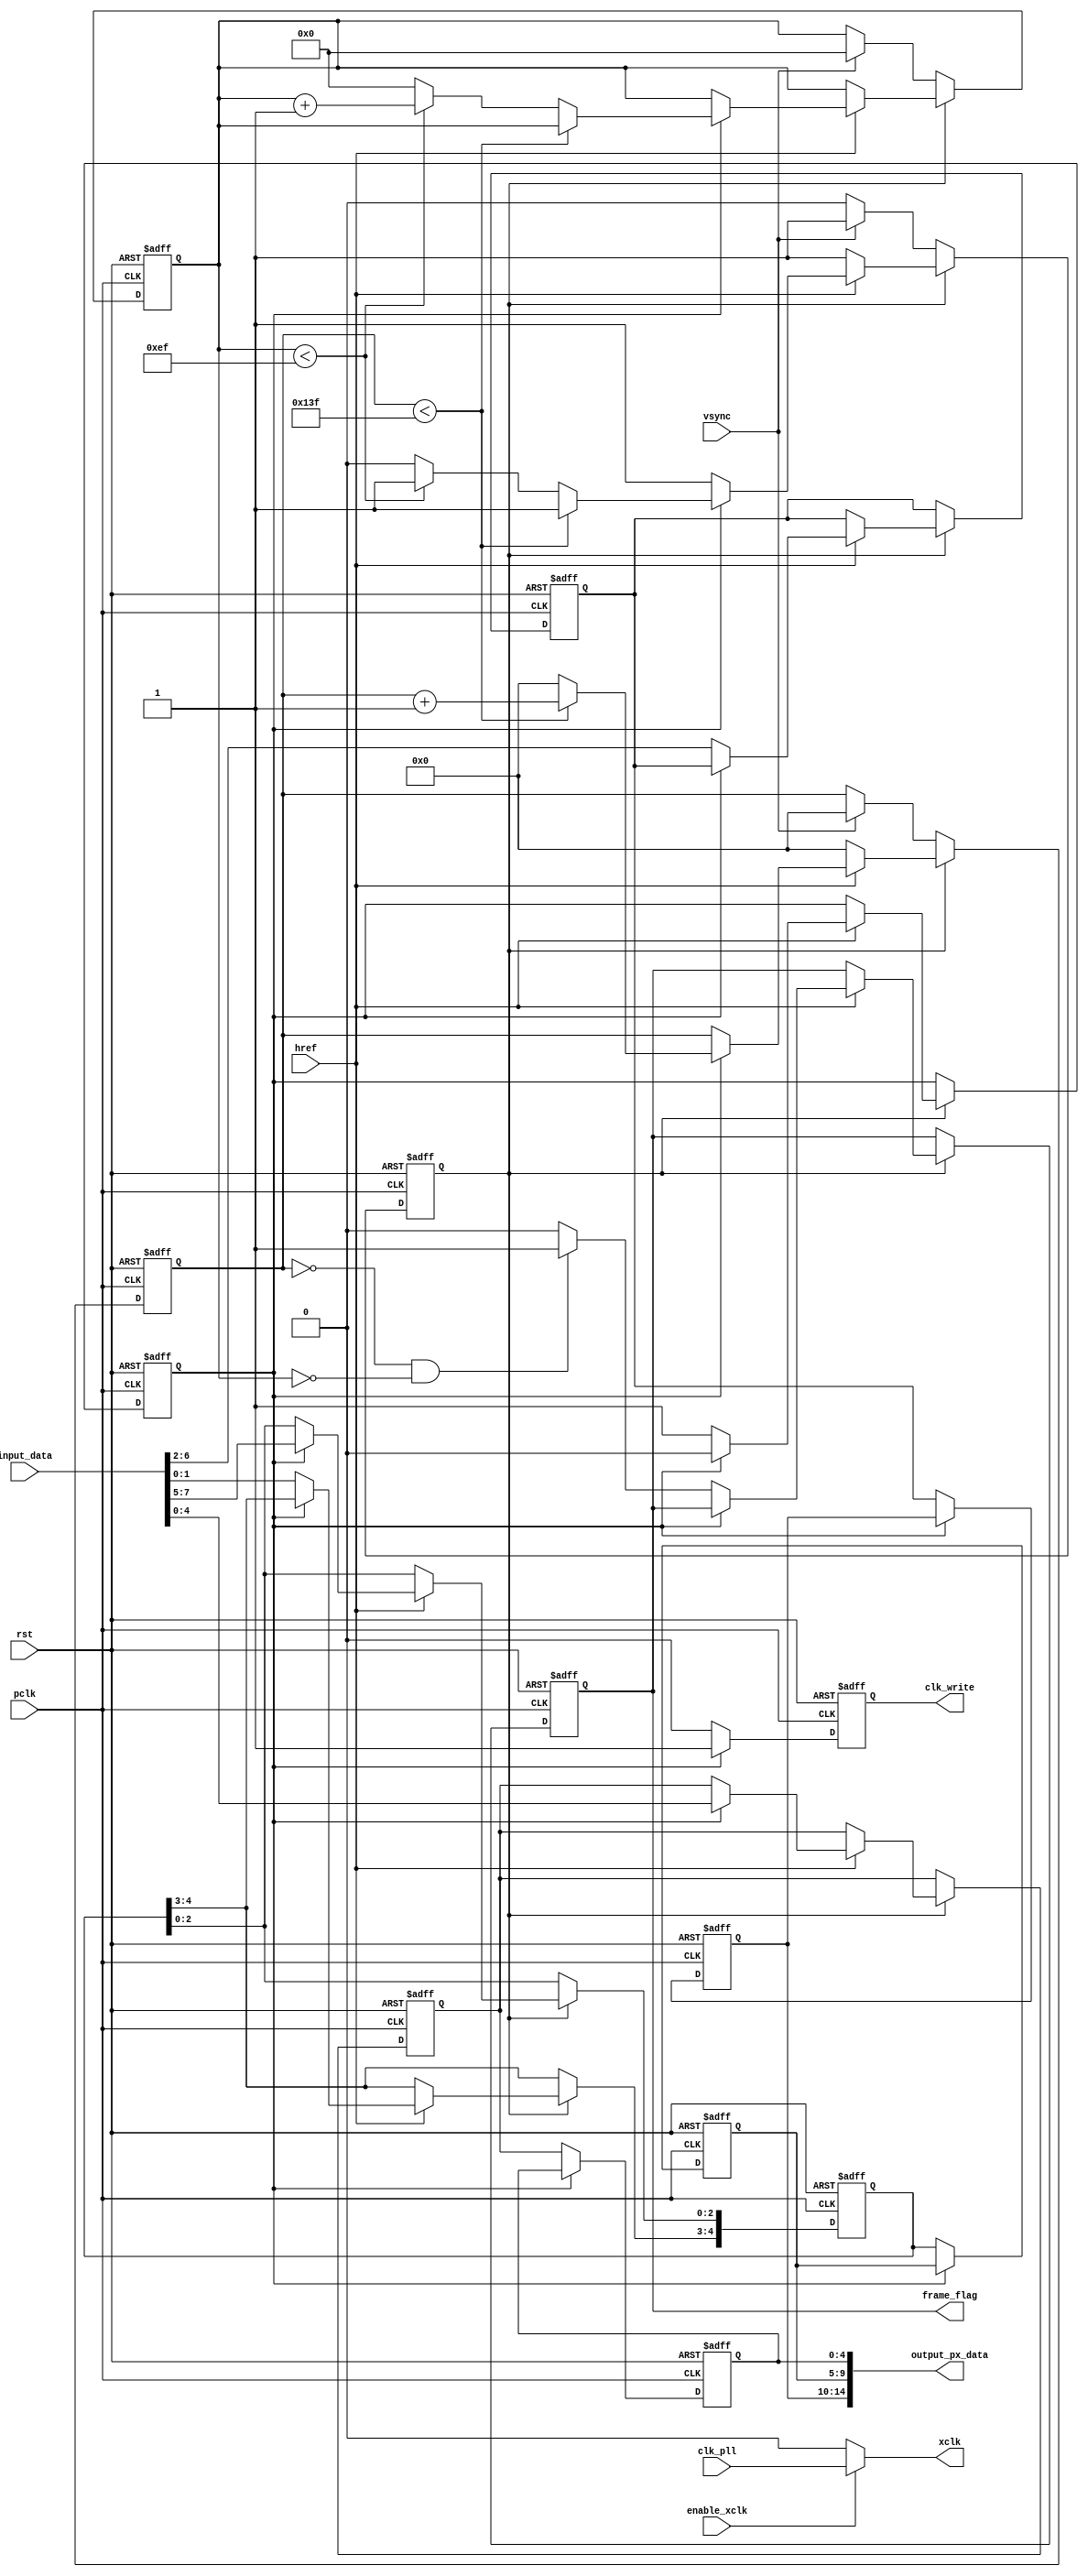
module cam_read #(parameter  picture_width = 320, picture_heigth =240, depth = 76800)(
        input wire       clk_pll,            
        input wire       pclk,              
        input wire       vsync,             
        input wire       href,              
        input wire       [7:0] input_data,         
        input wire       rst,                    
        input wire       enable_xclk,

        output wire      xclk,
        output wire      clk_write,   
        output wire      frame_flag,       
        output wire      [14:0] output_px_data

    );



    reg VGA_sync;           //Data sync flag: 0 not syncronized and 1 yncronized
    reg current_byte;       //Byte flag: 0 First Byte y 1 Second Byte 
    reg [4:0] red_data;
    reg [4:0] green_data;
    reg [4:0] blue_data;
    reg px_clk_reg;
    
    reg begin_frame;
    reg [9:0] x_position;         
    reg [8:0] y_position;
    reg [4:0] red_px_data;
    reg [4:0] green_px_data;
    reg [4:0] blue_px_data;
 

    //Inicializacion
    initial begin 
        x_position = 10'b0000000000; 
        y_position = 9'b000000000; 
        red_data = 5'b00000;
        green_data = 5'b00000;
        blue_data = 5'b00000;
        VGA_sync = 1'b0;
        current_byte = 1'b0;
        red_px_data = 5'b00000;
        green_px_data = 5'b00000;
        blue_px_data = 5'b00000;
        begin_frame = 1'b0;
        px_clk_reg = 1'b1;
    end

    always@(posedge pclk, posedge rst) begin
        if (rst == 1'b1) begin
            x_position <= 10'b0000000000; 
            y_position <= 9'b000000000; 
            red_data <= 5'b00000;    
            green_data <= 5'b00000;
            blue_data <= 5'b00000;
            VGA_sync <= 1'b0;
            begin_frame <= 1'b0;
            current_byte <= 1'b0;
        end else if (VGA_sync == 1'b1) begin
            if (href == 1'b1) begin
                if (current_byte == 0) begin
                    green_data[4:3] <= input_data[1:0];
                    red_data <= input_data[6:2];
                    current_byte <= 1'b1;
                    if (x_position == 1'b0 && y_position == 1'b0) begin
                        begin_frame <= 1'b1;
                    end else begin
                        begin_frame <= 1'b0;
                    end
                end else begin
                    current_byte <= 1'b0;
                    green_data[2:0] <= input_data[7:5];
                    blue_data <= input_data[4:0]; 
                    if (x_position < picture_width - 1) begin
                        x_position <= x_position + 1;
                    end else begin
                        x_position <= 0;
                        if (y_position < picture_heigth - 1) begin
                            y_position <= y_position + 1; 
                        end else begin
                            y_position <= 1'b0;
                            VGA_sync <= 1'b0;
                        end
                    end
                end 
            end else begin 
                x_position <= 0;
            end 
        end else begin 
            if (vsync == 1'b1) begin 
                VGA_sync <= 1'b1;
                x_position <= 10'b0000000000; 
                y_position <= 9'b000000000; 
            end
        end 
    end 

    always@(negedge pclk, posedge rst) begin
        if (rst == 1'b1) begin
            red_px_data <= 5'b00000;
            green_px_data <= 5'b00000;
            blue_px_data <= 5'b00000;
            px_clk_reg <= 1'b0;
        end else begin
            if (current_byte == 1'b0)begin
                px_clk_reg <= 1'b0;
                red_px_data <= red_data;
                green_px_data <= green_data;
                blue_px_data <= blue_data;    
            end else if (current_byte == 1'b1)begin
                px_clk_reg <= 1'b1;
            end
        end
    end


    assign frame_flag = begin_frame;
    assign output_px_data = {red_px_data, green_px_data, blue_px_data};
    assign xclk = (enable_xclk) ? clk_pll : 1'b0;
    assign clk_write = px_clk_reg;
    
endmodule